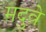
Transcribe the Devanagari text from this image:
मदुवे